NAE_Eesti_seltside_protokollid_1900-1917, lk 7
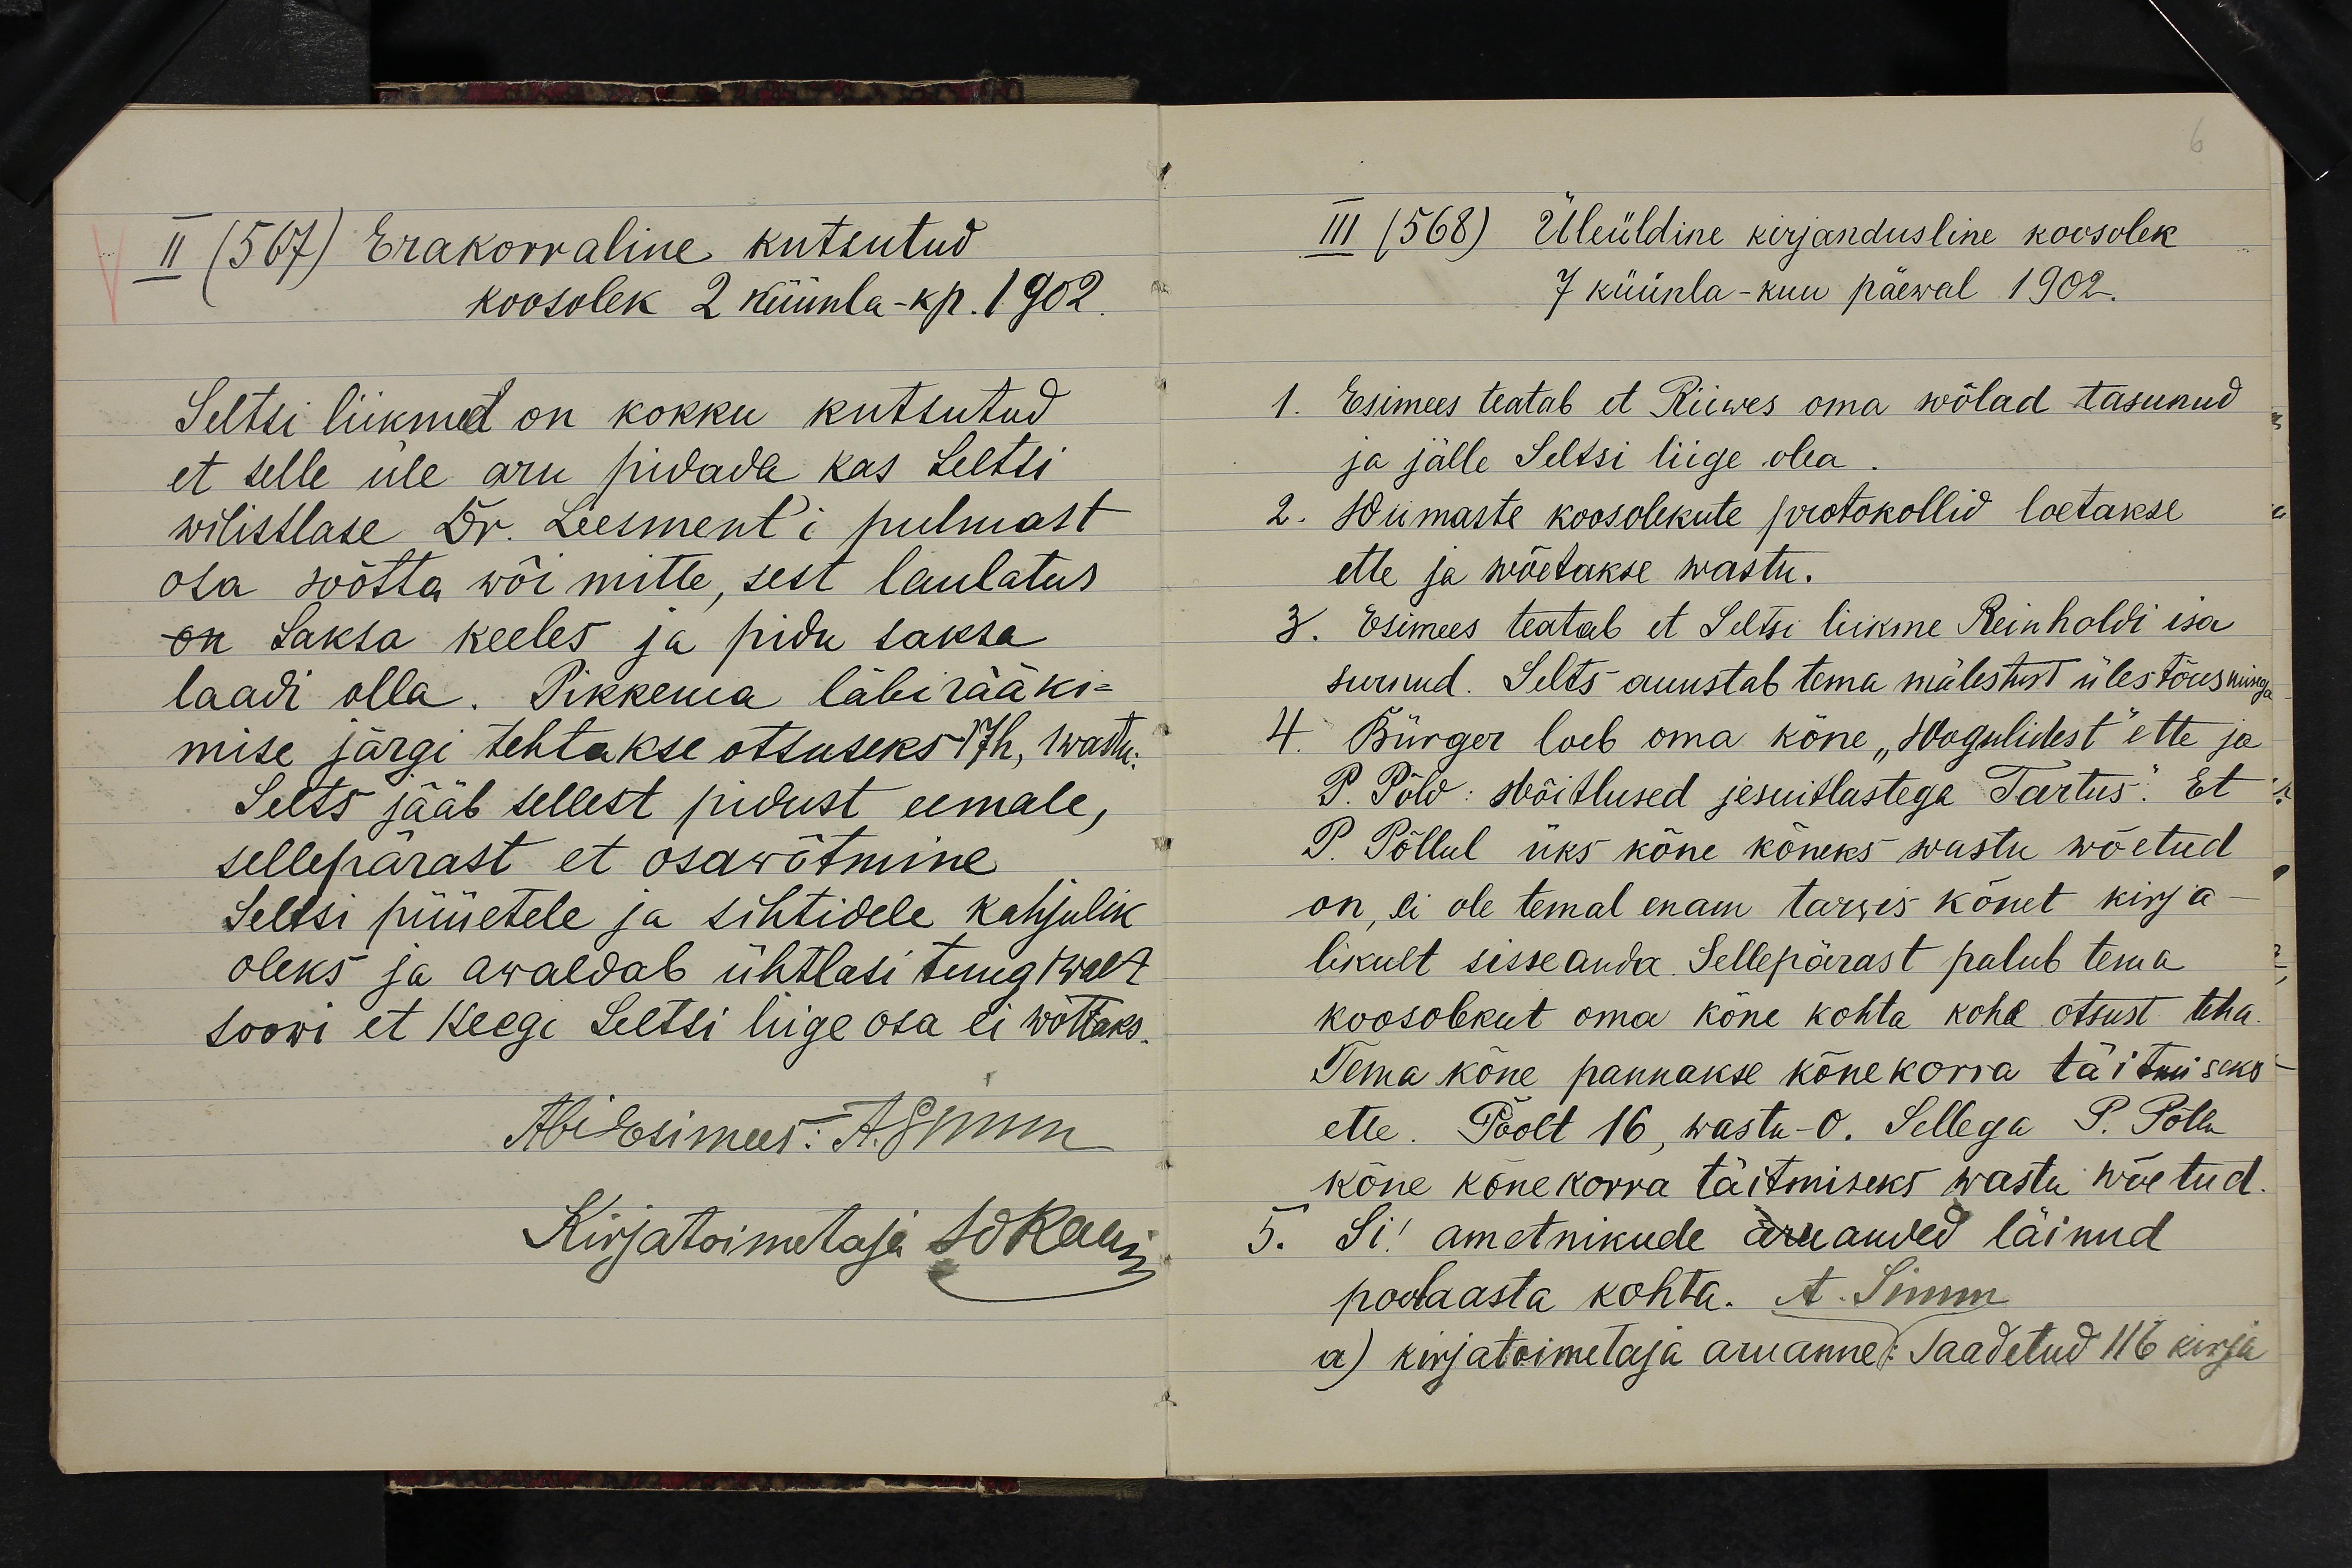
II (567) Erakorraline kutsutud
koosolek 2 küünla-kp. 1902.
Seltsi liikmed on kokku kutsutud
et selle üle aru pidada kas Seltsi
wilistlase Dr. Leesmenti pulmast
osa wõtta wõi mitte, sest laulatus
on Saksa keeles ja pidu saksa
laadi olla. Pikkema läbirääki-
mise järgi tehtakse otsuseks 17h, 1 wastu.
Selts jääb sellest pidust eemale
sellepärast et osawõtmine
Seltsi püüetele ja sihtidele kahjulik
oleks ja awaldab ühtlasi tungiwalt
soowi et keegi Seltsi liige osa ei wõttaks.

III (568) Üleüldine kirjandusline koosolek
7 küünla-kuu päewal 1902.
Esimees teatab et Riiwes oma wõlad tasunud
ja jälle Seltsi liige olla
2. Wiimaste koosolekute protokollid loetakse
ette ja wõetakse wastu.
3. Esimees teatab et Seltsi liikme Reinholdi isa
surnud. Selts auustab tema mälestust üles tõusmisega
4. Bürger loeb oma kõne "Hagulidest" ette ja
P. Põld: Wõitlused jesuitlastega Tartus. Et
P. Põllul üks kõne kõneks wastu wõetud
on, ei ole temal enam tarwis kõnet kirja
likult sisseanda. Sellepärast palub tema
koosolekut oma kõne kohta kohe otsust teha.
Tema kõne pannakse kõnekorra täitmiseks
ette. Poolt 16, wastu -0. Sellega P. Põllu
kõne kõnekorra täitmiseks wastu wõetud.
5. Si! ametnikude aruanded läinud
poolaasta kohta. A. Simm
a) kirjatoimetaja aruanne: Saadetud 116 kirja